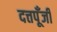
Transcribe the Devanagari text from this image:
दत्तपूँजी